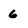
Character: 6